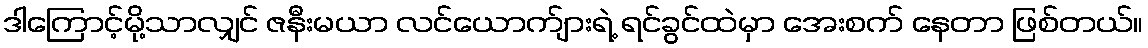
ဒါကြောင့်မို့သာလျှင် ဇနီးမယာ လင်ယောက်ျားရဲ့ ရင်ခွင်ထဲမှာ အေးစက် နေတာ ဖြစ်တယ်။